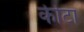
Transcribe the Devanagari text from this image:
कीटा